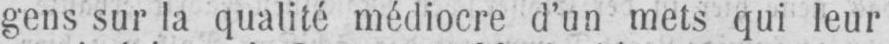
gens sur la qualité médiocre d’un mets qui leur